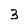
Character: 3